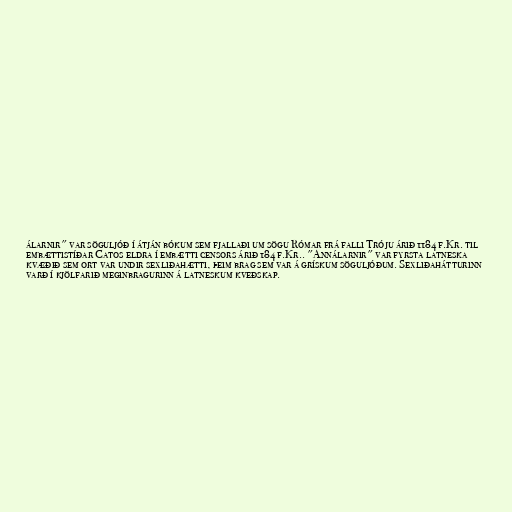
álarnir" var söguljóð í átján bókum sem fjallaði um sögu Rómar frá falli Tróju árið 1184 f.Kr. til
embættistíðar Catos eldra í embætti censors árið 184 f.Kr.. "Annálarnir" var fyrsta latneska
kvæðið sem ort var undir sexliðahætti, þeim brag sem var á grískum söguljóðum. Sexliðahátturinn
varð í kjölfarið meginbragurinn á latneskum kveðskap.